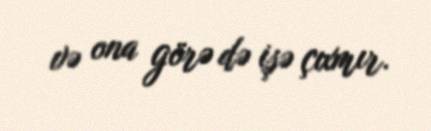
və ona görə də işə çıxmır.